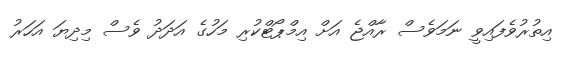
އިތުރުވެފައިވީ ނަމަވެސް ރާއްޖެ އަށް އިމްޕޯޓްކުރި މަހުގެ އަދަދު ވެސް މިދިޔަ އަހަރު